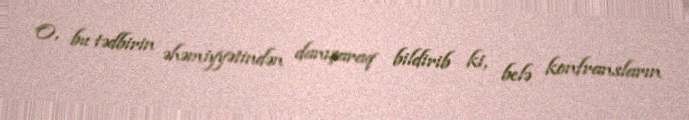
O, bu tədbirin əhəmiyyətindən danışaraq bildirib ki, belə konfransların